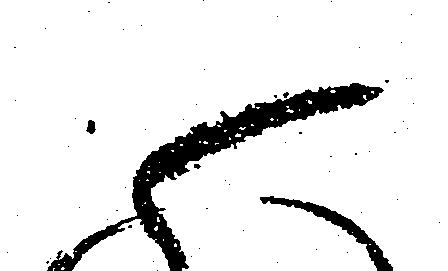
御